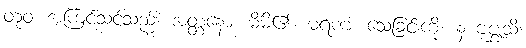
တုဝံ၊ အကြင်သင်သည်။ အတ္တနော၊ မိမိ၏။ မရဏံ၊ သေခြင်းကို။ န ဗုဇ္ဈသိ၊